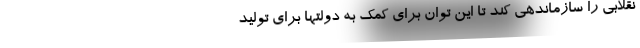
نقلابی را سازماندهی کند تا این توان برای کمک به دولتها برای تولید